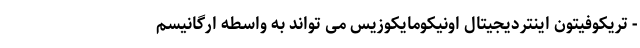
- تریکوفیتون اینتردیجیتال اونیکومایکوزیس می تواند به واسطه ارگانیسم